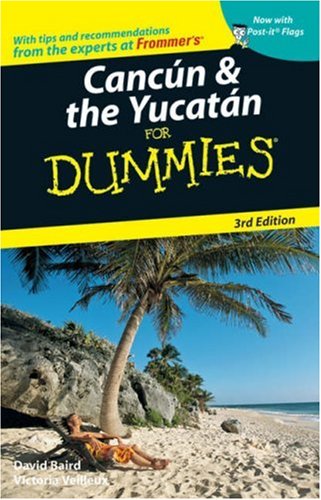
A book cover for Cancun & the Yucatan For Dummies; Victoria Veilleux; Travel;